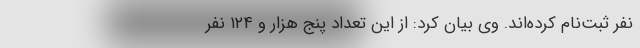
نفر ثبت‌نام کرده‌اند. وی بیان کرد: از این تعداد پنج هزار و ۱۲۴ نفر